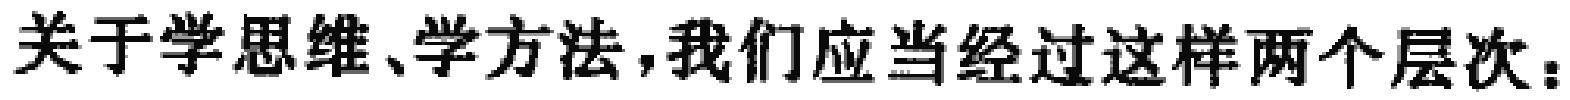
关于学思维、学方法，我们应当经过这样两个层次：